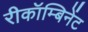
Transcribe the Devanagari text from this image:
रीकॉम्बिनेंट